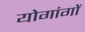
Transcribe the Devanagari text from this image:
योगांगों